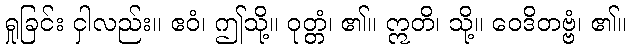
ရှုခြင်း ငှါလည်း။ ဧဝံ၊ ဤသို့။ ဝုတ္တံ၊ ၏။ ဣတိ၊ သို့။ ဝေဒိတဗ္ဗံ၊ ၏။